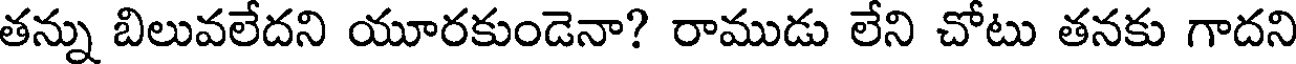
తన్ను బిలువలేదని యూరకుండెనా? రాముడు లేని చోటు తనకు గాదని